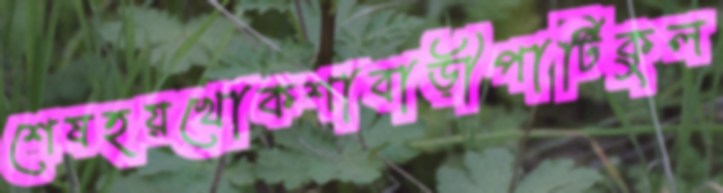
শেষহয়খোকশাবাড়ীপার্টিকুল